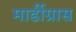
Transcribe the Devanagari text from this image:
मार्डीग्रास